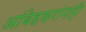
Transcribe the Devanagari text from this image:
आंबेडकरांनाही